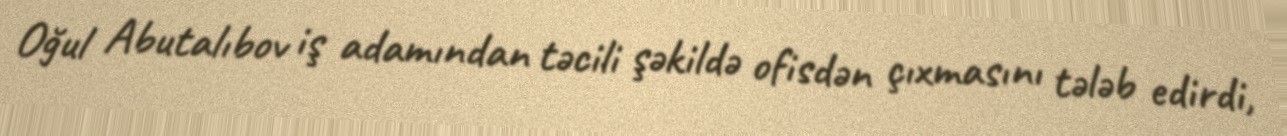
Oğul Abutalıbov iş adamından təcili şəkildə ofisdən çıxmasını tələb edirdi,